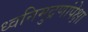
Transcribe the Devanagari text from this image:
ध्वनिमुद्रणांपेक्षा